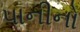
પાનીનો